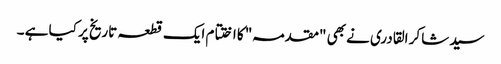
سید شاکر القادری نے بھی "مقدمہ" کا اختتام ایک قطعہ تاریخ پر کیا ہے ۔